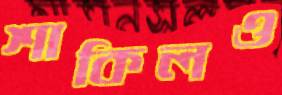
শাকিলও